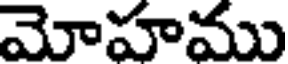
మోహము